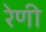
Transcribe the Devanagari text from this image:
रेणी